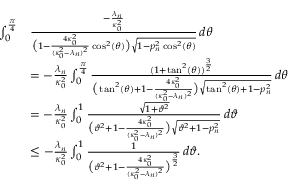
\begin{array} { r l } { \int _ { 0 } ^ { \frac { \pi } { 4 } } } & { \frac { - \frac { \lambda _ { n } } { \kappa _ { 0 } ^ { 2 } } } { \big ( 1 - \frac { 4 \kappa _ { 0 } ^ { 2 } } { ( \kappa _ { 0 } ^ { 2 } - \lambda _ { n } ) ^ { 2 } } \cos ^ { 2 } ( \theta ) \big ) \sqrt { 1 - p _ { n } ^ { 2 } \cos ^ { 2 } ( \theta ) } } \, d \theta } \\ & { = - \frac { \lambda _ { n } } { \kappa _ { 0 } ^ { 2 } } \int _ { 0 } ^ { \frac { \pi } { 4 } } \frac { ( 1 + \tan ^ { 2 } ( \theta ) ) ^ { \frac { 3 } { 2 } } } { \big ( \tan ^ { 2 } ( \theta ) + 1 - \frac { 4 \kappa _ { 0 } ^ { 2 } } { ( \kappa _ { 0 } ^ { 2 } - \lambda _ { n } ) ^ { 2 } } \big ) \sqrt { \tan ^ { 2 } ( \theta ) + 1 - p _ { n } ^ { 2 } } } \, d \theta } \\ & { = - \frac { \lambda _ { n } } { \kappa _ { 0 } ^ { 2 } } \int _ { 0 } ^ { 1 } \frac { \sqrt { 1 + \vartheta ^ { 2 } } } { \big ( \vartheta ^ { 2 } + 1 - \frac { 4 \kappa _ { 0 } ^ { 2 } } { ( \kappa _ { 0 } ^ { 2 } - \lambda _ { n } ) ^ { 2 } } \big ) \sqrt { \vartheta ^ { 2 } + 1 - p _ { n } ^ { 2 } } } \, d \vartheta } \\ & { \leq - \frac { \lambda _ { n } } { \kappa _ { 0 } ^ { 2 } } \int _ { 0 } ^ { 1 } \frac { 1 } { \big ( \vartheta ^ { 2 } + 1 - \frac { 4 \kappa _ { 0 } ^ { 2 } } { ( \kappa _ { 0 } ^ { 2 } - \lambda _ { n } ) ^ { 2 } } \big ) ^ { \frac { 3 } { 2 } } } \, d \vartheta . } \end{array}